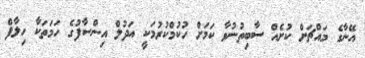
އޭނާގެ މައްޗަށް ކުށެއް ސާބިތުނުވާ ކަމަށް ހުކުމްކުރުމަކީ އަދުލް އިންސާފުގެ ހަމަތަކާ ހިލާފް